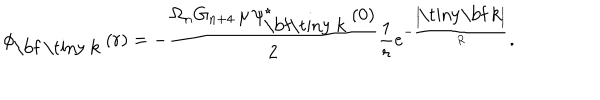
LaTeX: \phi _ { \mathrm { \bf ~ \tiny ~ k } } \left( r \right) = - \frac { \Omega _ { n } G _ { n + 4 } \, \mu \, \psi _ { \mathrm { \bf \tiny ~ k } } ^ { \star } \left( 0 \right) } { 2 } \frac { 1 } { r } e ^ { - \frac { \left| \mathrm { \tiny \bf ~ k } \right| } { R } } .